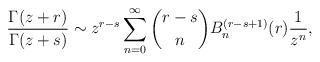
LaTeX: \begin{align*}\frac{\Gamma(z+r)}{\Gamma(z+s)}\sim z^{r-s}\sum_{n=0}^\infty \binom{r-s}{n} B_n^{(r-s+1)}(r) \frac{1}{z^n},\end{align*}